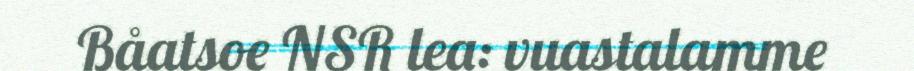
Båatsoe NSR lea: vuastalamme